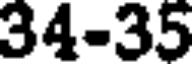
34-35